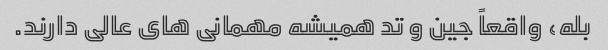
بله، واقعاً جین و تد همیشه مهمانی های عالی دارند.